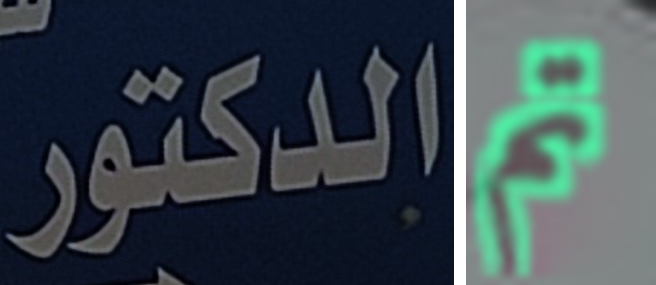
الدكتور تم